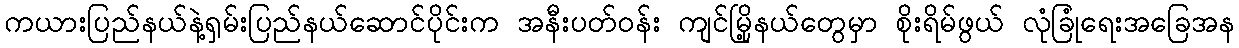
ကယားပြည်နယ်နဲ့ရှမ်းပြည်နယ်ဆောင်ပိုင်းက အနီးပတ်ဝန်း ကျင်မြို့နယ်တွေမှာ စိုးရိမ်ဖွယ် လုံခြုံရေးအခြေအန